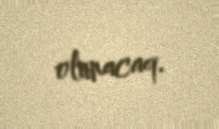
olunacaq.